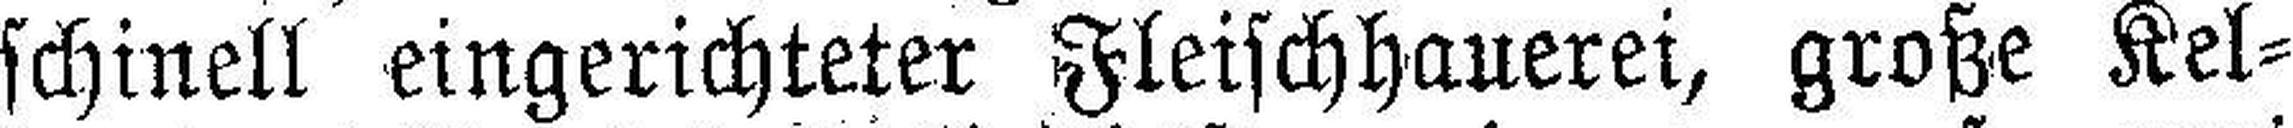
schinell eingerichteter Fleischhauerei, große Kel¬